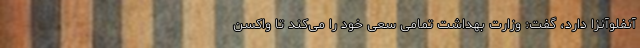
آنفلوآنزا دارد، گفت: وزارت بهداشت تمامی سعی خود را می‌کند تا واکسن